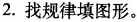
2. 找规律填图形。